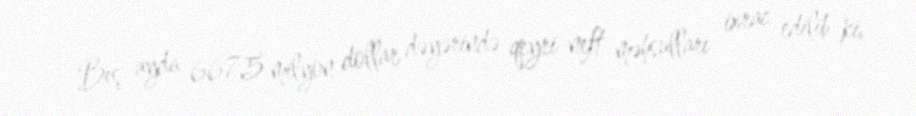
Beş ayda 667,5 milyon dollar dəyərində qeyri-neft məhsulları ixrac edilib ki,